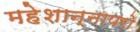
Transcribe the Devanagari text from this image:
महेशान्नापरो